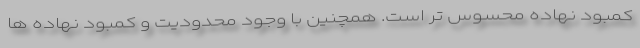
کمبود نهاده محسوس تر است. همچنین با وجود محدودیت و کمبود نهاده ها